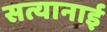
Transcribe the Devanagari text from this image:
सत्यानाई